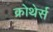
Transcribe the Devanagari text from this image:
क्रोथेर्स